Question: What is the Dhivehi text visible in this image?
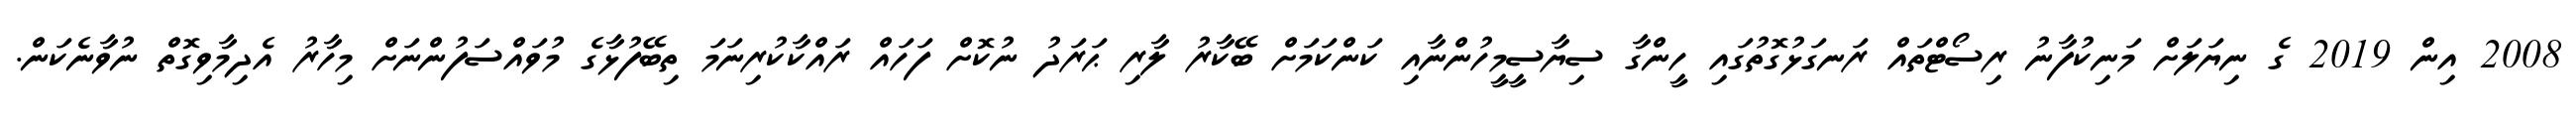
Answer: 2008 އިން 2019 ގެ ނިޔަލަށް މަނިކުފާނު ރިސޯޓްތައް ރަނގަޅުގޮތުގައި ހީންގާ ސިޔާސީމީހުންނާއި ކަންކަމަށް ބޭކާރު ލާރި ޙަރަދު ނުކޮށް ފަހައް ރައްކާކުރިނަމަ ތިބޭފުޅާގެ މުވައްސަފުންނަށް މިހާރު އެދިމާވިގޮތް ނުވާނެކަން.